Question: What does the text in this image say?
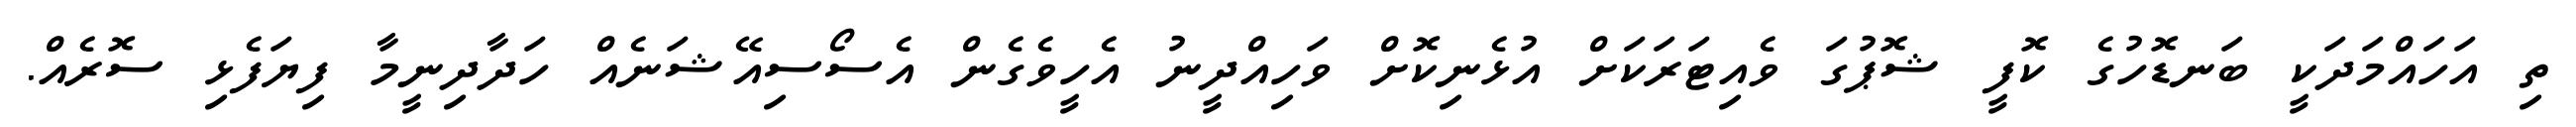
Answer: ތި އަހައްމަދަކީ ބަނޑޮހުގެ ކޮފީ ޝޮޕުގަ ވެއިޓަރަކަށް އުޅެނިކޮށް ވަހިއްދީނު އެހީވެގެން އެސޯސިއޭޝަނެއް ހަދާދިނީމާ ފިޔަފެޅި ސޮރެއް.